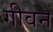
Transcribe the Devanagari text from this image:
गीवन